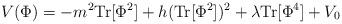
LaTeX: \begin{align*}V(\Phi ) = - m^2 {\rm Tr}[ \Phi ^2 ]+ h ( {\rm Tr}[\Phi ^2 ])^2 + \lambda {\rm Tr}[\Phi ^4] + V_0 \end{align*}